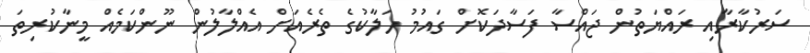
ސަރުކާރާއި ރައްޔަތުން ޖައްސާ ފަސާދަކޮށް ގައުމު ހަލާކުގެ ތެރެއަށް އެއްލާލުން ނޫންކަމެއް މީނާކުރިތަ